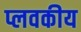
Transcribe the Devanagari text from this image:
प्लवकीय